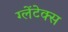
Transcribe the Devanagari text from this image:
ग्लेंटेक्स